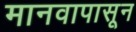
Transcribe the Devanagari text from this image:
मानवापासून